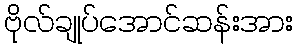
ဗိုလ်ချုပ်အောင်ဆန်းအား